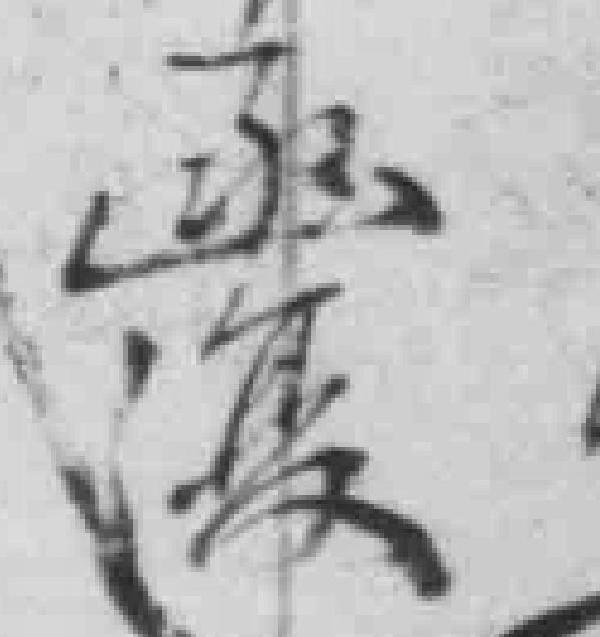
函復